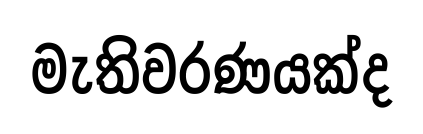
මැතිවරණයක්ද